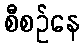
စီစဉ်နေ